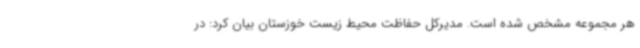
هر مجموعه مشخص شده است. مدیرکل حفاظت محیط زیست خوزستان بیان کرد: در